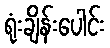
ရုံးချိန်းပေါင်း